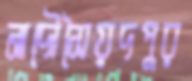
নাদৌসৈয়দপুর